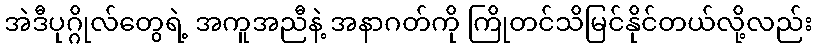
အဲဒီပုဂ္ဂိုလ်တွေရဲ့ အကူအညီနဲ့ အနာဂတ်ကို ကြိုတင်သိမြင်နိုင်တယ်လို့လည်း